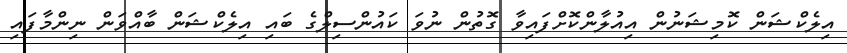
އިލެކްޝަން ކޮމިޝަނުން އިއުލާންކޮށްފައިވާ ގޮތުން ނުވަ ކައުންސިލްގެ ބައި އިލެކްޝަން ބާއްވަން ނިންމާފައި